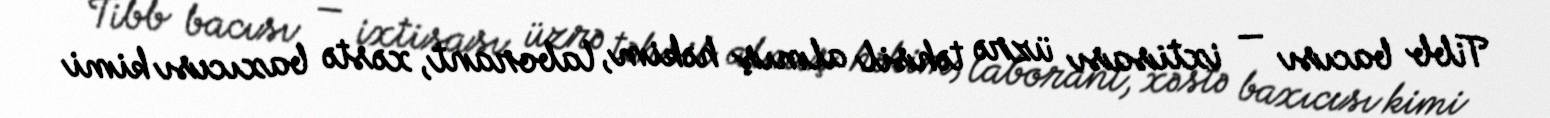
Tibb bacısı — ixtisası üzrə təhsil almış həkim, laborant, xəstə baxıcısı kimi